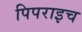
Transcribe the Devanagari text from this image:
पिपराइच